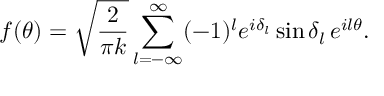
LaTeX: f ( \theta ) = \sqrt { \frac { 2 } { \pi k } } \sum _ { l = - \infty } ^ { \infty } ( - 1 ) ^ { l } e ^ { i \delta _ { l } } \sin \delta _ { l } \, e ^ { i l \theta } .